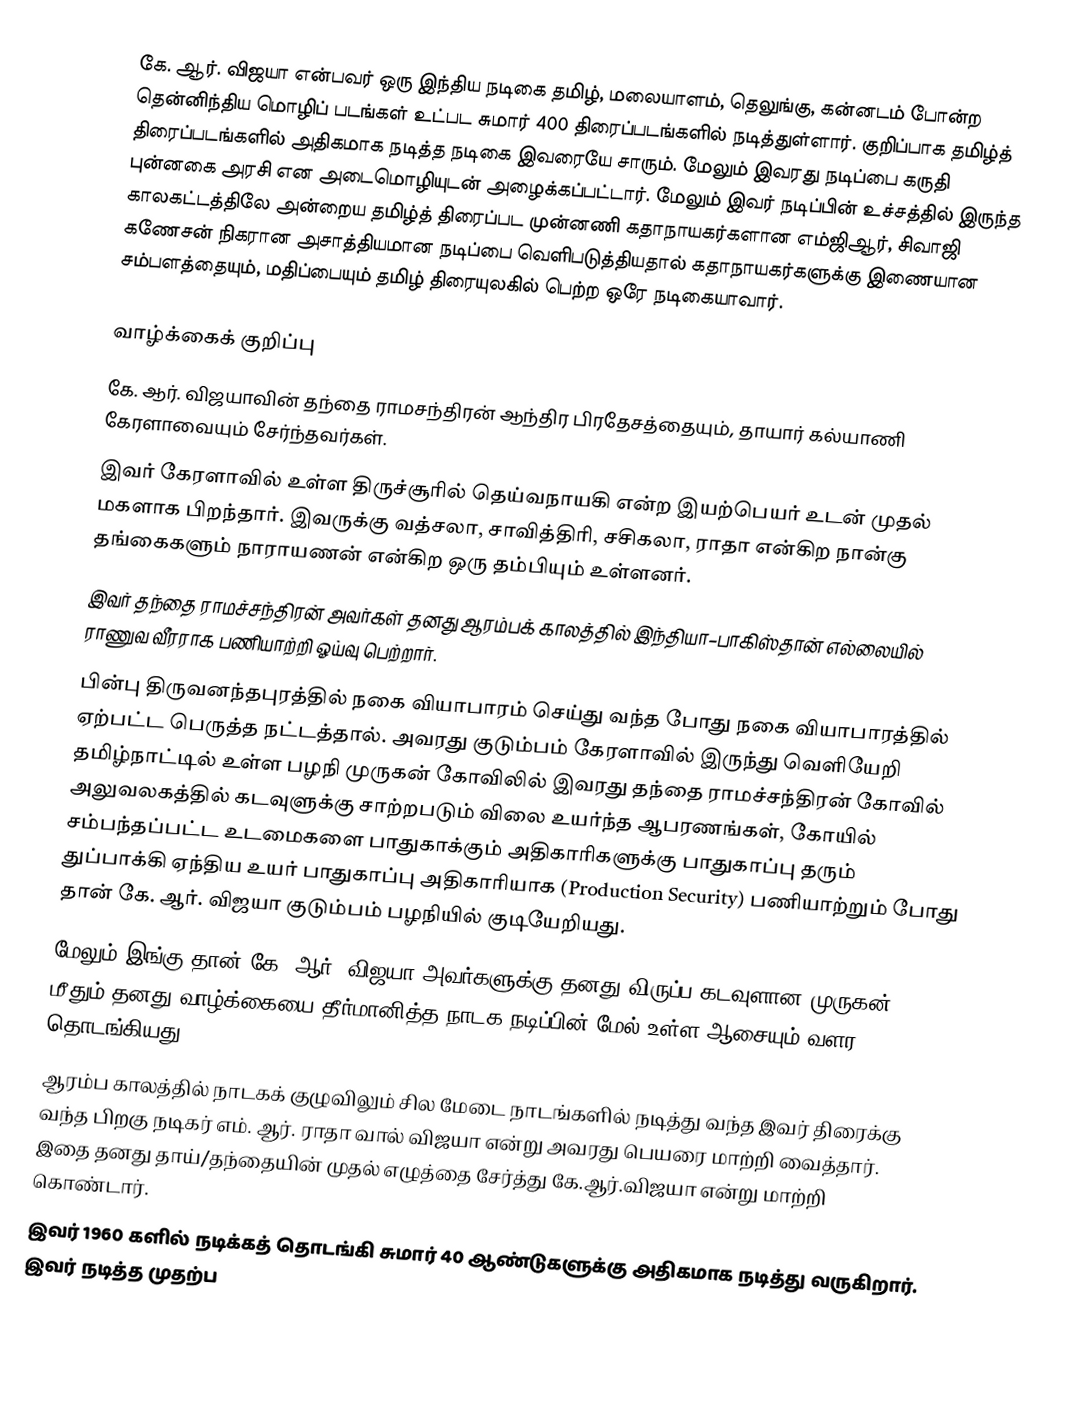
கே. ஆர். விஜயா என்பவர் ஒரு இந்திய நடிகை தமிழ், மலையாளம், தெலுங்கு, கன்னடம் போன்ற தென்னிந்திய மொழிப் படங்கள் உட்பட சுமார் 400 திரைப்படங்களில் நடித்துள்ளார். குறிப்பாக தமிழ்த் திரைப்படங்களில் அதிகமாக நடித்த நடிகை இவரையே சாரும். மேலும் இவரது நடிப்பை கருதி புன்னகை அரசி என அடைமொழியுடன் அழைக்கப்பட்டார். மேலும் இவர் நடிப்பின் உச்சத்தில் இருந்த காலகட்டத்திலே அன்றைய தமிழ்த் திரைப்பட முன்னணி கதாநாயகர்களான எம்ஜிஆர், சிவாஜி கணேசன் நிகரான அசாத்தியமான நடிப்பை வெளிபடுத்தியதால் கதாநாயகர்களுக்கு இணையான சம்பளத்தையும், மதிப்பையும் தமிழ் திரையுலகில் பெற்ற ஒரே நடிகையாவார்.

வாழ்க்கைக் குறிப்பு
 கே. ஆர். விஜயாவின் தந்தை ராமசந்திரன் ஆந்திர பிரதேசத்தையும், தாயார் கல்யாணி கேரளாவையும் சேர்ந்தவர்கள்.
 இவர் கேரளாவில் உள்ள திருச்சூரில் தெய்வநாயகி என்ற இயற்பெயர் உடன் முதல் மகளாக பிறந்தார். இவருக்கு வத்சலா, சாவித்திரி, சசிகலா, ராதா என்கிற நான்கு தங்கைகளும் நாராயணன் என்கிற ஒரு தம்பியும் உள்ளனர்.
 இவர் தந்தை ராமச்சந்திரன் அவர்கள் தனது ஆரம்பக் காலத்தில் இந்தியா–பாகிஸ்தான் எல்லையில் ராணுவ வீரராக பணியாற்றி ஓய்வு பெற்றார்.
 பின்பு திருவனந்தபுரத்தில் நகை வியாபாரம் செய்து வந்த போது நகை வியாபாரத்தில் ஏற்பட்ட பெருத்த நட்டத்தால். அவரது குடும்பம் கேரளாவில் இருந்து வெளியேறி தமிழ்நாட்டில் உள்ள பழநி முருகன் கோவிலில் இவரது தந்தை ராமச்சந்திரன் கோவில் அலுவலகத்தில் கடவுளுக்கு சாற்றபடும் விலை உயர்ந்த ஆபரணங்கள், கோயில் சம்பந்தப்பட்ட உடமைகளை பாதுகாக்கும் அதிகாரிகளுக்கு பாதுகாப்பு தரும் துப்பாக்கி ஏந்திய உயர் பாதுகாப்பு அதிகாரியாக (Production Security) பணியாற்றும் போது தான் கே. ஆர். விஜயா குடும்பம் பழநியில் குடியேறியது.
 மேலும் இங்கு தான் கே. ஆர். விஜயா அவர்களுக்கு தனது விருப்ப கடவுளான முருகன் மீதும் தனது வாழ்க்கையை தீர்மானித்த நாடக நடிப்பின் மேல் உள்ள ஆசையும் வளர தொடங்கியது.
 ஆரம்ப காலத்தில் நாடகக் குழுவிலும் சில மேடை நாடங்களில் நடித்து வந்த இவர் திரைக்கு வந்த பிறகு நடிகர் எம். ஆர். ராதா வால் விஜயா என்று அவரது பெயரை மாற்றி வைத்தார். இதை தனது தாய்/தந்தையின் முதல் எழுத்தை சேர்த்து கே.ஆர்.விஜயா என்று மாற்றி கொண்டார்.
 இவர் 1960 களில் நடிக்கத் தொடங்கி சுமார் 40 ஆண்டுகளுக்கு அதிகமாக நடித்து வருகிறார். இவர் நடித்த முதற்ப